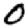
Digit: 0